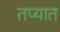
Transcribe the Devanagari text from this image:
तप्यात